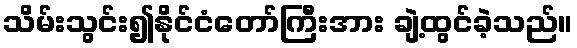
သိမ်းသွင်း၍နိုင်ငံတော်ကြီးအား ချဲ့ထွင်ခဲ့သည်။